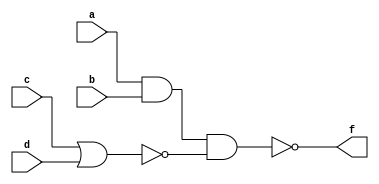
module two_level (a, b, c, d, f);
	input a, b, c, d;
	output f;
	wire t1, t2;
	assign t1 = a & b;
	assign t2 = ~(c | d);
	assign f = ~(t1 & t2);
endmodule